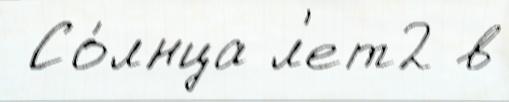
 Со́лнца л'ет2 в